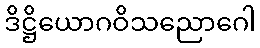
ဒိဋ္ဌိယောဂဝိသညောဂေါ